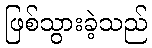
ဖြစ်သွားခဲ့သည်